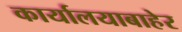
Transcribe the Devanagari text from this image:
कार्यालयाबाहेर